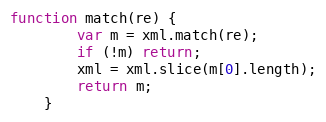
Language: JavaScript
function match(re) {
		var m = xml.match(re);
		if (!m) return;
		xml = xml.slice(m[0].length);
		return m;
	}